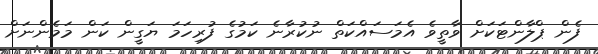
ފެން ޕްލާންޓަކަށް ވާތީވެ އެމަސައްކަތް ނުކުރާނެ ކަމުގެ ފުރިހަމަ ޔަގީން ކަން މަމެންނަށް